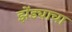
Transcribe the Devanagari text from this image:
झेंड्याचा